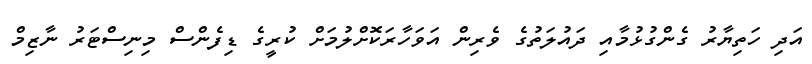
އަދި ހަތިޔާރު ގެންގުޅުމާއި ދައުލަތުގެ ވެރިން އަވަހާރަކޮށްލުމަށް ކުރީގެ ޑިފެންސް މިނިސްޓަރު ނާޒިމްް